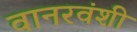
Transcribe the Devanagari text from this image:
वानरवंशी